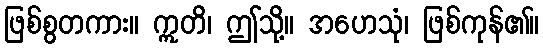
ဖြစ်စွတကား။ ဣတိ၊ ဤသို့။ အဟေသုံ၊ ဖြစ်ကုန်၏။